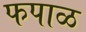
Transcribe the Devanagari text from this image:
फपाळ